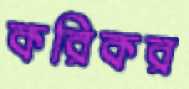
করিকর